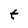
Character: t